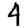
Digit: 4